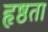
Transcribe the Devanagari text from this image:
हृष्ठता